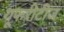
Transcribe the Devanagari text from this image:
यूफरीटीज